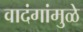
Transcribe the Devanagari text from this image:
वादंगांमुळे